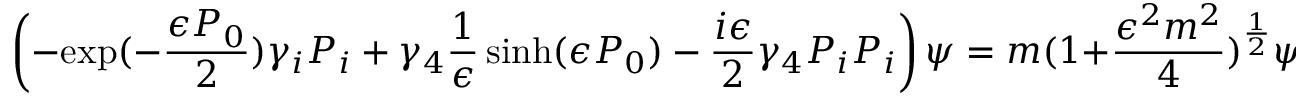
\left( - { \mathrm { e x p } } ( - \frac { \epsilon P _ { 0 } } { 2 } ) \gamma _ { i } P _ { i } + \gamma _ { 4 } \frac { 1 } { \epsilon } \sinh ( \epsilon P _ { 0 } ) - \frac { i \epsilon } { 2 } \gamma _ { 4 } P _ { i } P _ { i } \right) \psi = m ( 1 + \frac { \epsilon ^ { 2 } m ^ { 2 } } { 4 } ) ^ { \frac { 1 } { 2 } } \psi ,